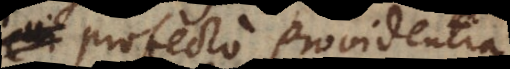
profecto providentia